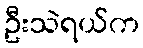
ဦးသဲရယ်က